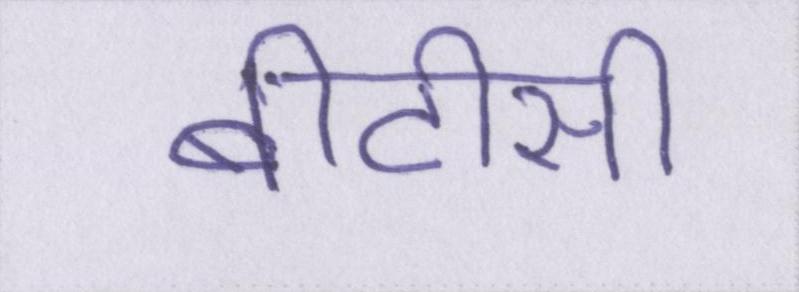
बीटीसी